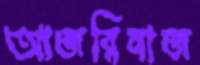
আজরিনাজ